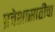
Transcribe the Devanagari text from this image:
प्रवेशासाठीचा